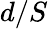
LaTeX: d/S